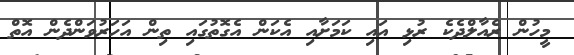
މީހުން ރެއާލްދެކެ ރުޅި އައި ކަމަށާއި އެކަން އެގޮތުގައި ތިން އަހަރުވަންދެން އޮތް